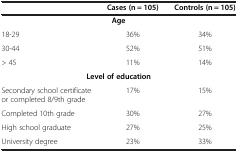
|  | Cases (n = 105) | Controls (n = 105) |
 | --- | --- | --- |
 | <COLSPAN=3> Age |
 | 18-29 | 36% | 34% |
 | 30-44 | 52% | 51% |
 | > 45 | 11% | 14% |
 | <COLSPAN=3> Level of education |
 | Secondary school certificate or completed 8/9th grade | 17% | 15% |
 | Completed 10th grade | 30% | 27% |
 | High school graduate | 27% | 25% |
 | University degree | 23% | 33% |